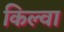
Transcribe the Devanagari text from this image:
किल्वा